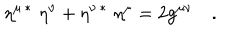
\eta ^ { \mu \, * } \, \, \eta ^ { \nu } + \eta ^ { \nu \, * } \, \, \eta ^ { \mu } = 2 g ^ { \mu \nu } \quad .